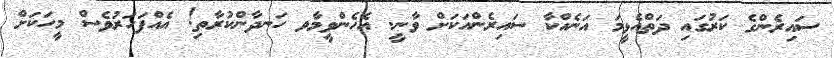
ސައިރެންގެ ކަރުގައި ދަތްއެޅީމަ އަނެއްކާ ސައިރެންއަކަށް ވާނީ. އެހެންވީމާވ ހަނދާންކުރާތި! އެއްފަހަރުވެސް މީހަކަށް